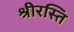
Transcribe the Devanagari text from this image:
श्रीरस्ति